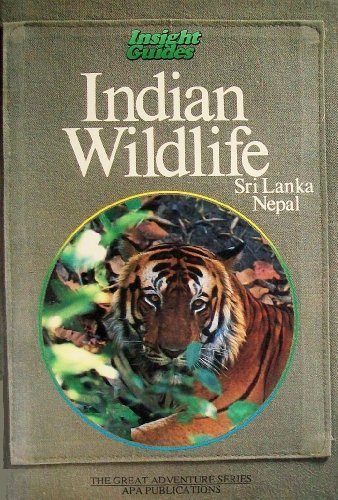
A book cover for Indian Wildlife: Sri Lanka, Nepal (Insight Guides The Great Adventure Series); Travel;